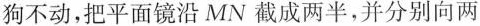
狗不动，把平面镜沿MN截成两半，并分别向两